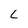
Character: L